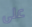
على